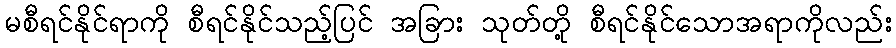
မစီရင်နိုင်ရာကို စီရင်နိုင်သည့်ပြင် အခြား သုတ်တို့ စီရင်နိုင်သောအရာကိုလည်း